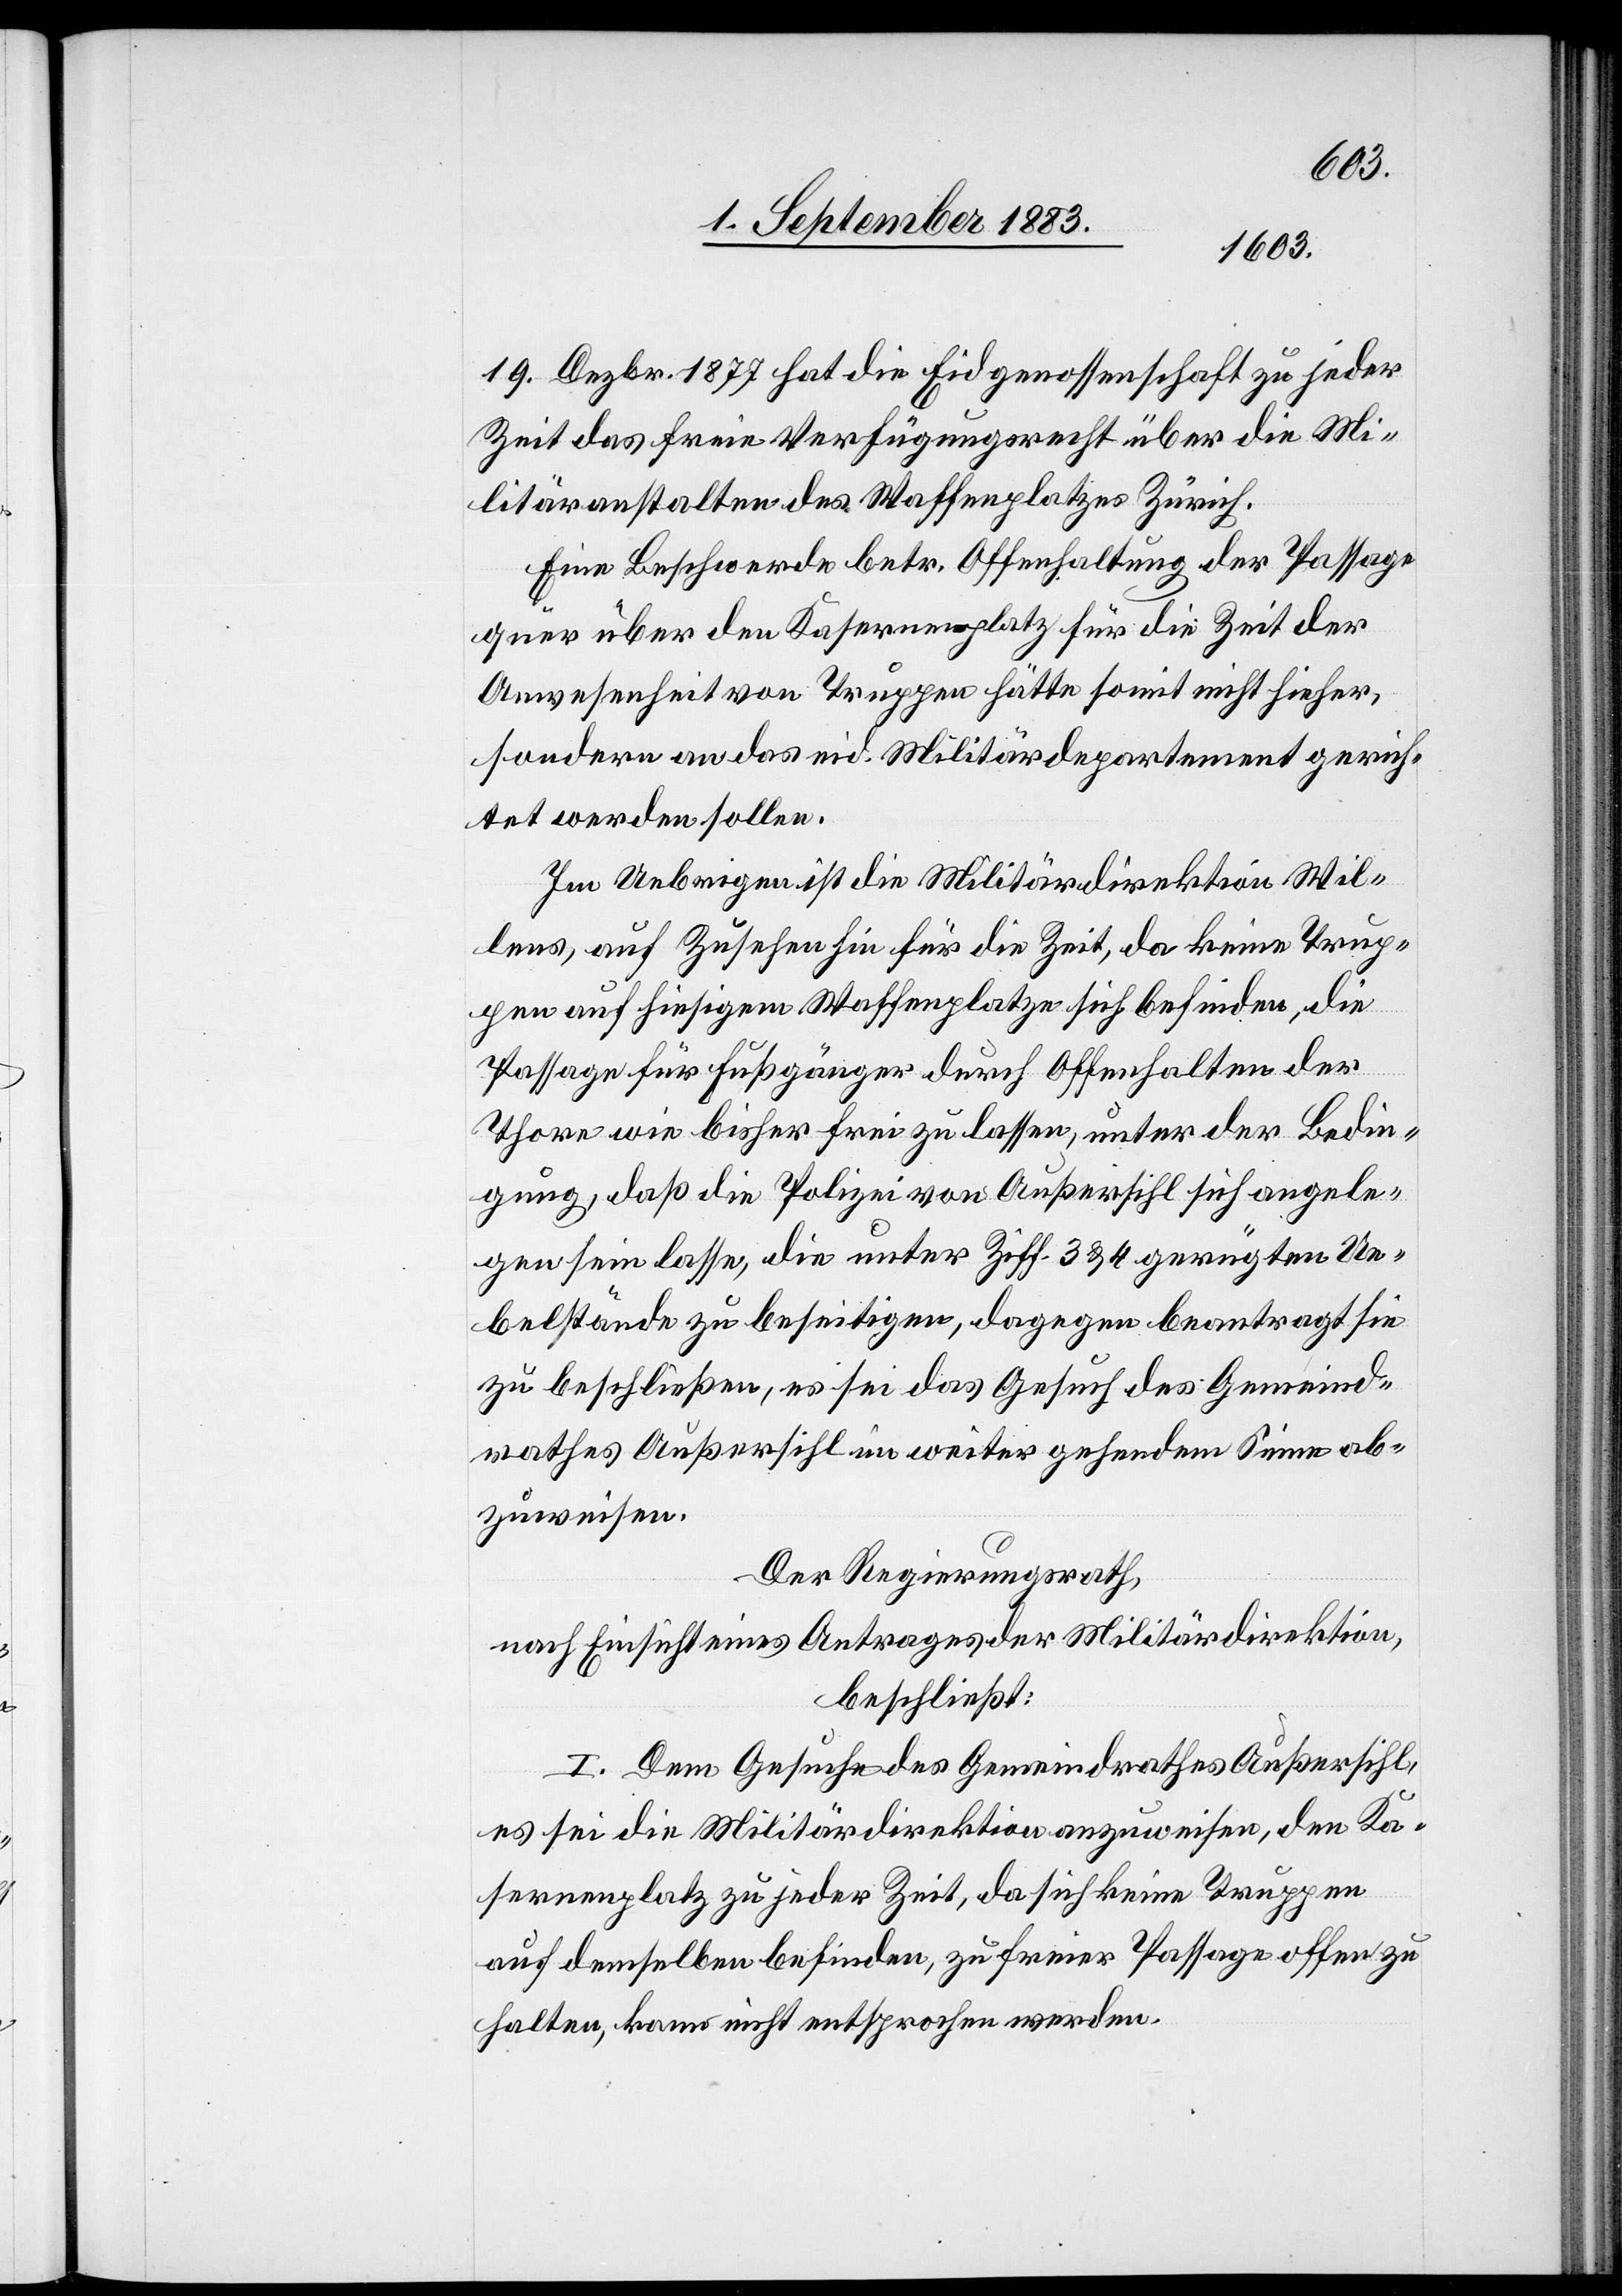
ab¬
19. Dezbr. 1877 hat die Eidgenossenschaft zu jeder
Zeit das freie Verfügungsrecht über die Mi¬
litäranstalten des Waffenplatzes Zürich.
Eine Beschwerde betr. Offenhaltung der Passage
quer über den Kasernenplatz für die Zeit der
Anwesenheit von Truppen hätte somit nicht hieher,
sondern an das eid. Militärdepartement gerich¬
tet werden sollen.
Im Uebrigen ist die Militärdirektion Wil¬
lens, auf Zusehen hin für die Zeit, da keine Trup¬
pen auf hiesigem Waffenplatze sich befinden, die
Passage für Fußgänger durch Offenhalten der
Thore wie bisher frei zu lassen, unter der Bedin¬
gung, daß die Polizei von Außersihl sich angele¬
gen sei lasse, die unter Ziff. 3 & 4 gerügten Ue¬
belstände zu beseitigen, dagegen beantragt sie
zu beschließen, es sei das Gesuch des Gemeind¬
zuweisen.
Der Regierungsrath,
nach Einsicht eines Antrages der Militärdirektion,
beschließt:
I. Dem Gesuche des Gemeindrathes Außersihl,
es sei die Militärdirektion anzuweisen, den Ka¬
sernenplatz zu jeder Zeit, da sich keine Truppen
auf demselben befinden, zu freier Passage offen zu
halten, kann nicht entsprochen werden.